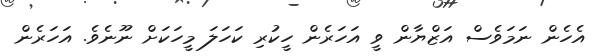
އެހެން ނަމަވެސް އަޒްޔާން ވީ އަހަރެން ހީކުރި ކަހަލަ މީހަކަށް ނޫނެވެ. އަހަރެން